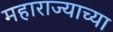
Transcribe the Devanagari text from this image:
महाराज्याच्या